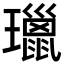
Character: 㼃